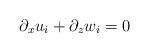
LaTeX: \begin{align*}\partial_x u_i +\partial_z w_i =0 \end{align*}